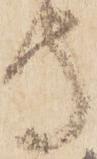
守